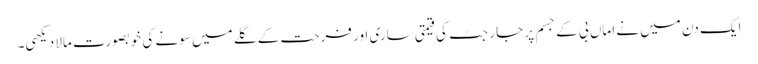
ایک دن میں نے اماں بی کے جسم پر جارجٹ کی قیمتی ساری اور فرحت کے گلے میں سونے کی خوبصورت مالا دیکھی۔